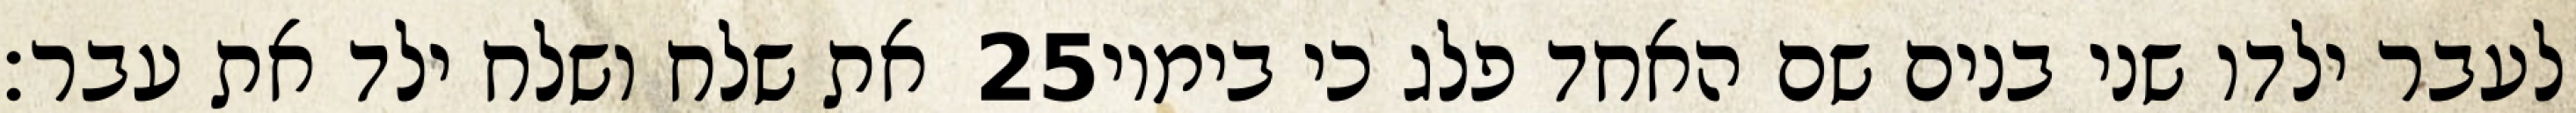
את שלח ושלח ילד את עבר׃ ‎25‏ לעבר ילדו שני בנים שם האחד פלג כי בימיו